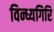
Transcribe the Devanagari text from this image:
विन्ध्यगिरि